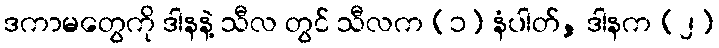
ဒကာမတွေကို ဒါနနဲ့ သီလ တွင် သီလက (၁) နံပါတ်, ဒါနက (၂)